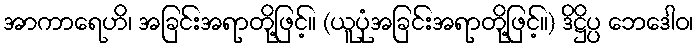
အာကာရေဟိ၊ အခြင်းအရာတို့ဖြင့်။ (ယူပုံအခြင်းအရာတို့ဖြင့်။) ဒိဋ္ဌိပ္ပ ဘေဒေါဝ၊